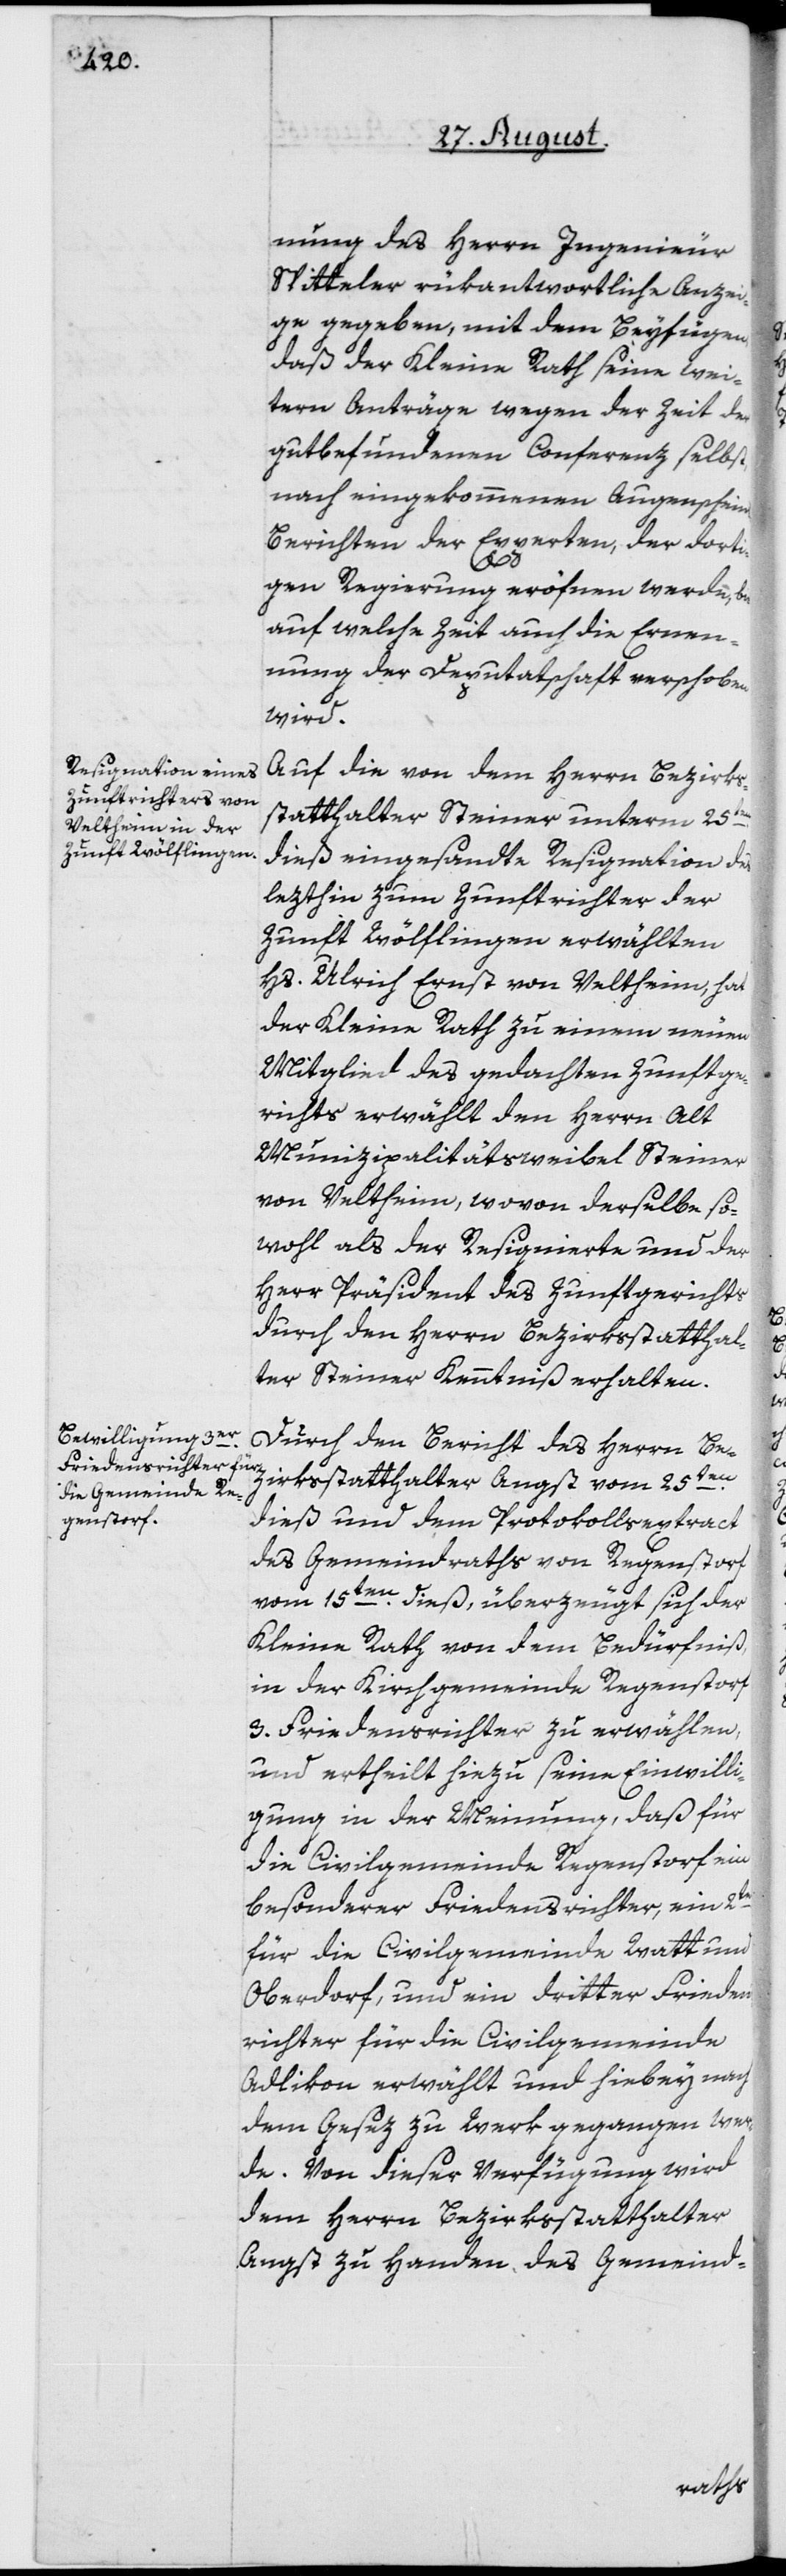
nung des Herrn Ingenieur
Spitteler rükantwortliche Anzei¬
ge gegeben, mit dem Beyfügen,
daß der Kleine Rath seine wei¬
tern Anträge wegen der Zeit der
gutbefundenen Conferenz selbst,
nach eingekommenen Augenschein
Berichten der Experten, der dorti¬
gen Regierung eröfnen werde, bis
auf welche Zeit auch die Ernen¬
nung der Deputatschaft verschoben
wird.
Auf die von dem Herrn Bezirkss¬
tatthalter Steiner unterm 25ten
dieß eingesandte Resignation des
lezthin zum Zunftrichter der
Zunft Wölflingen erwählten
Hs. Ulrich Ernst von Veltheim, hat
der Kleine Rath zu einem neuen
Mitglied des gedachten Zunftge¬
richts erwählt den Herrn Alt
Munizipalitätsweibel Steiner
von Veltheim, wovon derselbe so¬
wohl als der Resignierte und der
Herr Präsident des Zunftgerichts
durch den Herrn Bezirksstatthal¬
ter Steiner Kenntniß erhalten.
Durch den Bericht des Herrn Be¬
zirksstatthalter Angst vom 25ten
dieß und dem Protokollsextract
des Gemeindraths von Regenstorf
vom 15ten dieß, überzeugt sich der
Kleine Rath von dem Bedürfniß,
in der Kirchgemeinde Regenstorf
3. Friedensrichter zu erwählen,
und ertheilt hiezu seine Einwilli¬
gung in der Meinung, daß für
die Civilgemeinde Regenstorf ein
besonderer Friedensrichter, ein 2er
für die Civilgemeinde Watt und
Oberdorf, und ein dritter Friedens¬
richter für die Civilgemeinde
Adlikon erwählt und hiebey nach
dem Gesez zu Werk gegangen wer¬
de. Von dieser Verfügung wird
dem Herrn Bezirksstatthalter
Angst zu Handen des Gemeind-